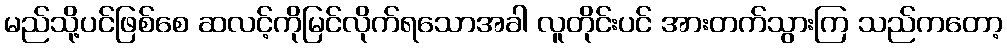
မည်သို့ပင်ဖြစ်စေ ဆလင့်ကိုမြင်လိုက်ရသောအခါ လူတိုင်းပင် အားတက်သွားကြ သည်ကတော့